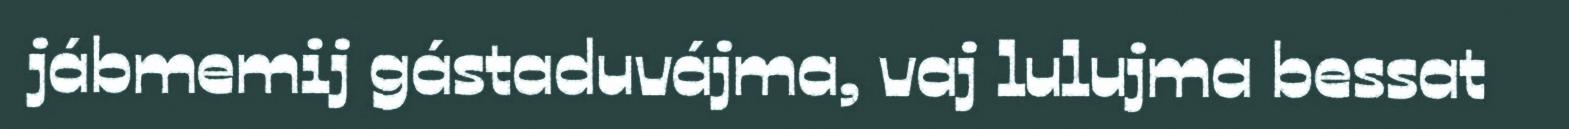
jábmemij gástaduvájma, vaj lulujma bessat